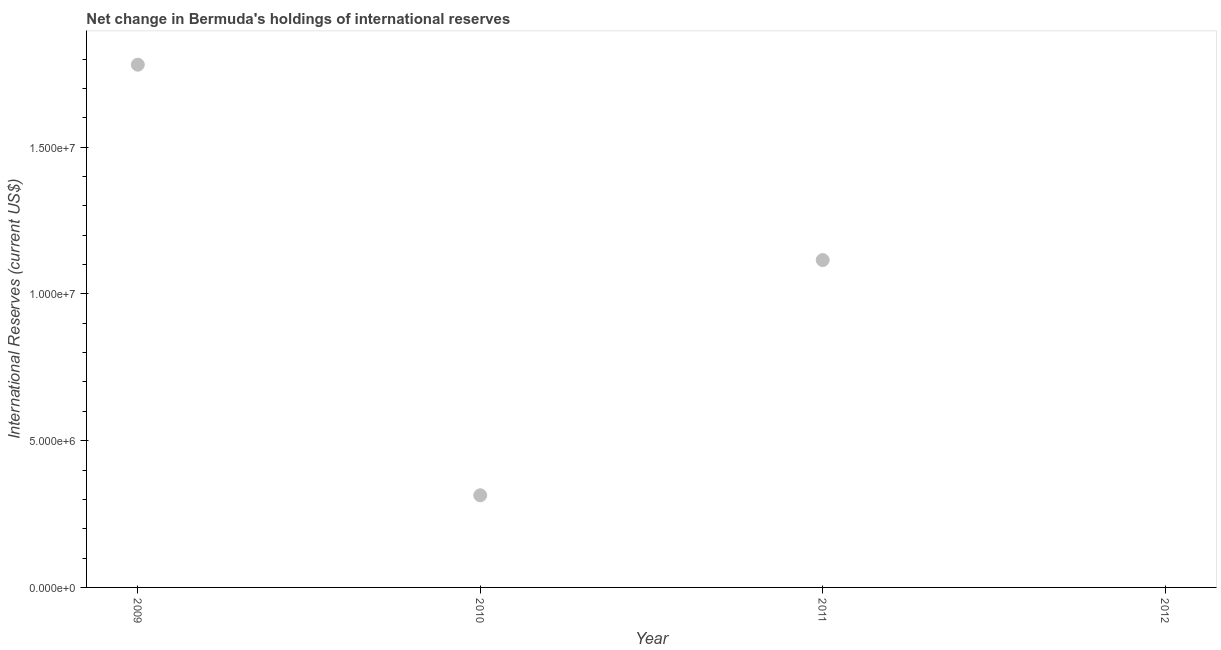
| Year | Reserves and related items |
 | --- | --- |
 | 2009 | 1.78e+07 |
 | 2010 | 3.14e+06 |
 | 2011 | 1.12e+07 |
 | 2012 | -5.27e+06 |